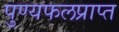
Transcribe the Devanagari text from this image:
पुण्यफलप्राप्त